Report of the Indian Hemp Drugs Commission, 1894-1895 - Volume VI
Year: 1894
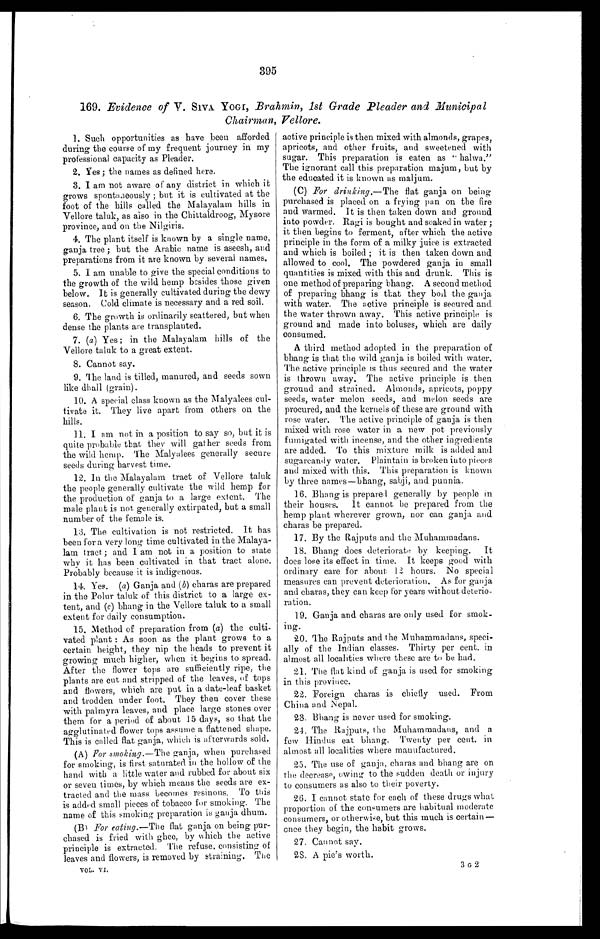
395
169. Evidence of V. SIVA YOGI, Brahmin, 1st Grade Pleader and .Municipal
Chairman, Vellore.
1. Such opportunities as have been afforded
during the course of my frequent journey in my
professional capacity as Pleader.
2.
Yes ; the names as defined here.
3. I am not aware of any district in which it
grows spontaneously ; but it is cultivated at the
foot of the hills called the Malayalam hills in
Vellore taluk, as also in the Chittaldroog, Mysore
province, and on the Nilgiris.
4. The plant itself is known by a single name,
ganja tree ; but the Arabic name is aseesh, and
preparations from it are known by several names.
5. I am unable to give the special conditions to
the growth of the wild hemp besides those given
below. It is generally cultivated during the dewy
season, Cold climate is necessary and a red soil.
6. The growth is ordinarily scattered, but when
dense the plants are transplanted.
7. ( a ) Yes ; in the Malayalam hills of the
Vellore taluk to a great extent.
8. Cannot say.
9. The land is tilled, manured, and seeds sown
like dhall (grain).
10. A special class known as the Malyalees cul-
tivate it. They live apart from others on the
hills.
11. I am not in a position to say so, but it is
quite probable that they will gather seeds from
the wild hemp. The Malyalees generally secure
seeds during harvest time.
12. In the Malayalam tract of. Vellore taluk
the people generally cultivate the wild hemp for
the production of ganja to a large extent. The
male plant is not generally extirpated, but a small
number of the female is.
13. The cultivation is not restricted. It has
been for a very long time cultivated in the Malaya-
lam tract; and I am not in a position to state
why it has been cultivated in that tract alone.
Probably because it is indigenous.
14. Yes. (a) Ganja and ( b ) charas are prepared
in the Polur taluk of this district to a large ex-
tent, and (e) bhang in the Vellore taluk to a small
extent for daily consumption.
15. Method of preparation from ( a) the culti-
vated plant : As soon as the plant grows to a
certain height, they nip the heads to prevent it
growing much higher, when it begins to spread.
After the flower tops are sufficiently ripe, the
plants are cut and stripped of the leaves, of tops
and flowers, which are put in a date-leaf basket
and trodden under foot. They then cover these
with palmyra leaves, and place large stones over
them for a period of about 15 days, so that the
agglutinated flower tops assume a flattened shape.
This is called flat ganja, which is afterwards sold.
(A) For smoki ng. — T h e
g a n j a , w h e n p u r c h a s e d
for smoking, is first saturated in the hollow of the
hand with a little water and rubbed for about six
or seven times, by which means the seeds are ex-
tracted and the mass becomes resinous. To this
is added small pieces of tobacco for smoking. The
name of this smoking preparation is ganja dhum.
(B) For eating .—The flat ganja on being pur-
chased is fried with ghee, by which the active
principle is extracted. The refuse, consisting of
leaves and flowers, is removed by straining. The
VOL. VI.
active principle is then mixed with almonds, grapes,
apricots, and other fruits, and sweetened with
sugar. This preparation is eaten as " halwa."
The ignorant call this preparation majum, but by
the educated it is known as maljum.
(C) For drinking .—The flat ganja on being
purchased is placed on a frying pan on the fire
and warmed. It is then taken down and ground
into powder. Ragi is bought and soaked in water ;
it then begins to ferment, after which the active
principle in the form of a milky juice is extracted
and which is boiled ; it is then taken down and
allowed to cool. The powdered ganja in small
quantities is mixed with this and drunk. This is
one method of preparing bhang. A second method
of preparing bhang is that they boil the ganja
with water. The active principle is secured and
the water thrown away. This active principle is
ground and made into boluses, which are daily
consumed.
A third method adopted in the preparation of
bhang is that the wild ganja is boiled with water.
The active principle is thus secured and the water
is thrown away. The active principle is then
ground and strained. Almonds, apricots, poppy
seeds, water melon seeds, and melon seeds are
procured, and the kernels of these are ground with
rose water. The active principle of ganja is then
mixed with rose water in a new pot previously
fumigated with incense, and the other ingredients
are added. To this mixture milk is added and
sugarcandy water. Plaintain is broken into pieces
and mixed with this. This preparation is known
by three names—bhang, sabji, and punnia.
16. Bhang is prepared generally by people in
their houses, It cannot be prepared from the
hemp plant wherever grown, nor can ganja and
charas be prepared.
17. By the Rajputs and the Muhammadans.
18. Bhang does deteriorate by keeping. It
does lose its effect in time. It keeps good with
ordinary care for about 12 hours. No special
measures can prevent deterioration. As for ganja
and charas, they can keep for years without deterio-
ration.
19. Ganja and charas are only used for smok-
ing.
20. The Rajputs and the Muhammadans, speci-
ally of the Indian classes. Thirty per cent. in
almost all localities where these are to be had.
21. The flat kind of ganja is used for smoking
in this province.
22. Foreign charas is chiefly used. From
China and Nepal.
23. Bhang is never used for smoking.
24. The Rajputs, the Muhammadans, and a
few Hindus eat bhang. Twenty per cent, in
almost all localities where manufactured.
25. The use of ganja, charas and bhang are on
the decrease, owing to the sudden death or injury
to consumers as also to their poverty.
26. I cannot state for each of these drugs what
proportion of the consumers are habitual moderate
consumers, or otherwise, but this much is certain—
once they begin, the habit grows.
27. Cannot say.
28. A pie's worth.
3 G 2